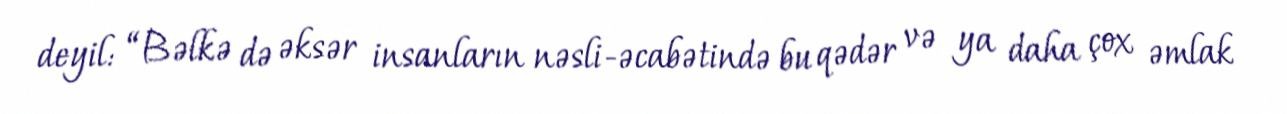
deyil: “Bəlkə də əksər insanların nəsli-əcabətində bu qədər və ya daha çox əmlak